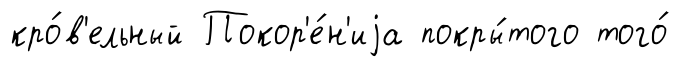
кро́в'ельный Покор'е́н'иjа покры́того того́